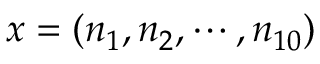
x = ( n _ { 1 } , n _ { 2 } , \cdots , n _ { 1 0 } )